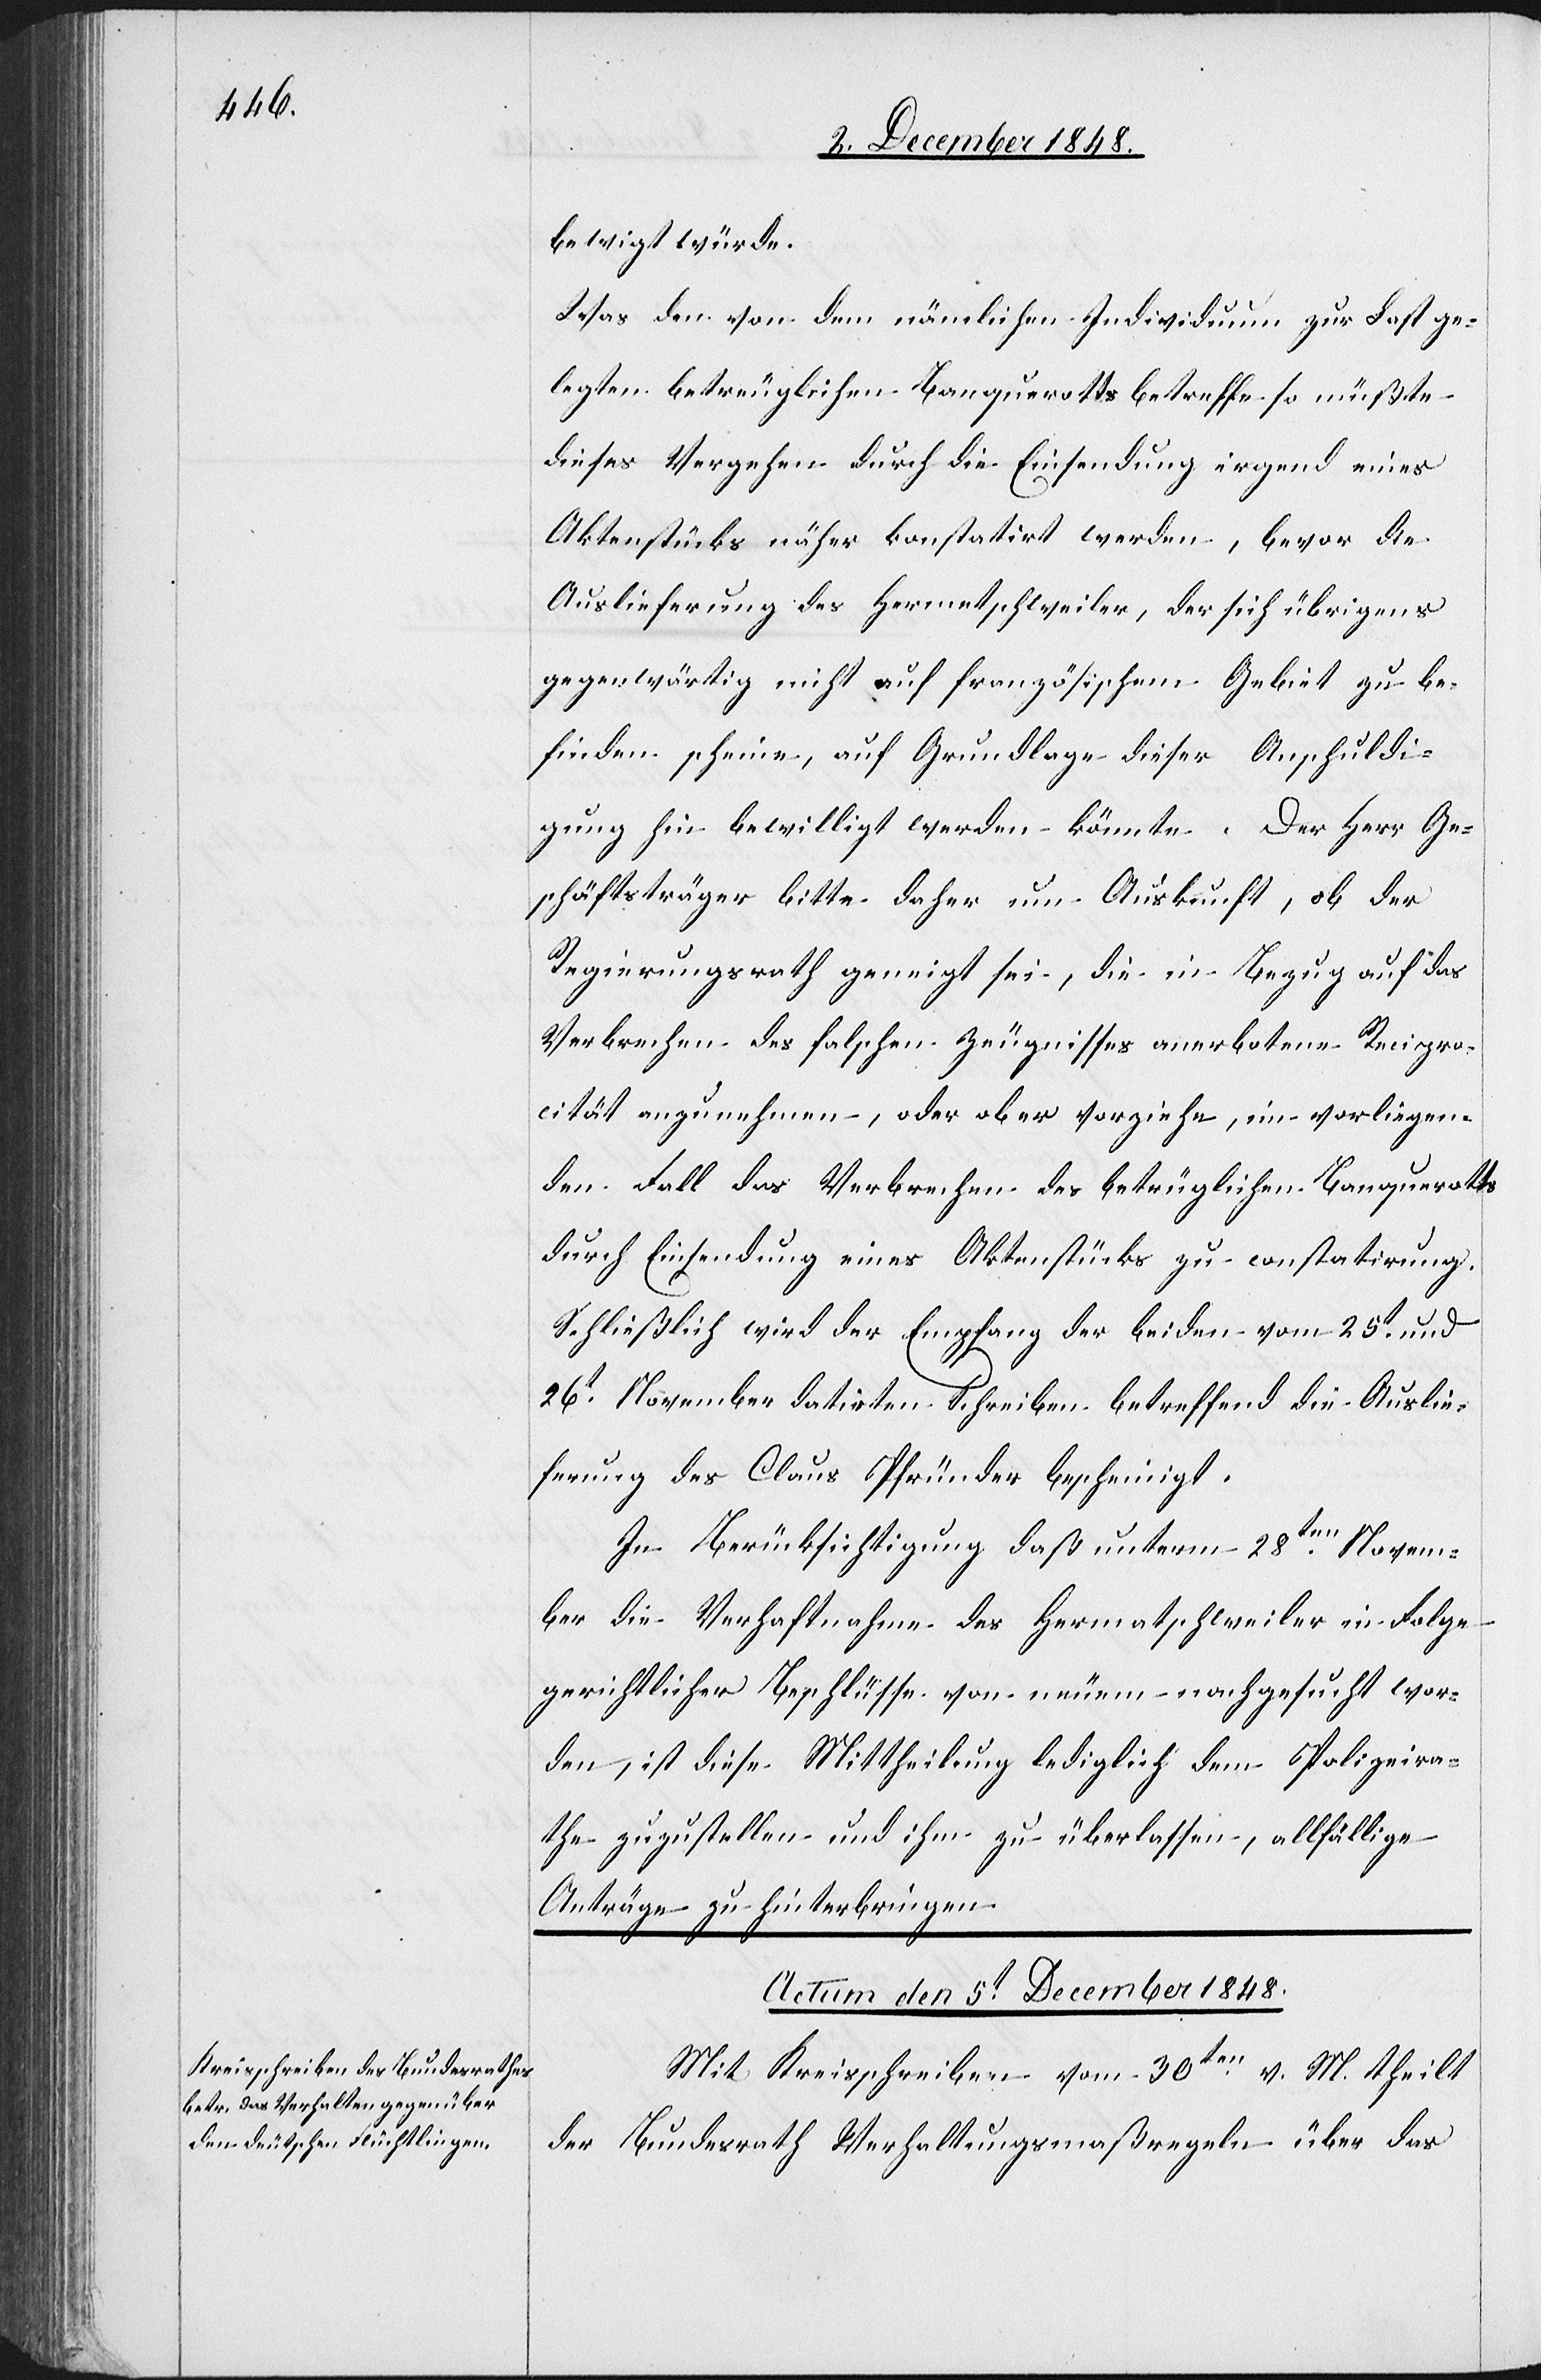
Was den von dem nämlichen Individuum zur Last ge¬
legten betreuglichen Banquerotts betreffe so müßte
dieses Vergehen durch die Einsendung irgend eines
Aktenstücks näher konstatirt werden, bevor die
Auslieferung des Hermetschweiler, der sich übrigens
gegenwärtig nicht auf französischem Gebiet zu be¬
finden scheine, auf Grundlage dieser Anschuldi¬
gung hin bewilligt werden könnte. Der Herr Ge¬
schäftsträger bitte daher um Auskunft, ob der
Regierungsrath geneigt sei, die in Bezug auf das
Verbrechen des falschen Zeugnisses anerbotene Recipro¬
cität anzunehmen, oder ob er vorziehe, im vorliegen¬
den Fall das Verbrechen des betrüglichen Banquerotts
durch Einsendung eines Aktenstücks zu constatirung
Schließlich wird der Empfang der beiden vom 25t und
26t November datirten Schreiben betreffend die Auslie¬
ferung des Claus Pfründer bescheinigt.
In Berücksichtigung daß unterm 28ten Novem¬
ber die Verhaftnahme des Hermatschweiler [sic!]
gerichtlicher Beschlüsse von neuem nachgesucht wor¬
den, ist diese Mittheilung lediglich dem Polizeira¬
the zuzustellen und ihm zu überlassen, allfällige
Anträge zu hinterbringen.
Actum den 5t December 1848.
Mit Kreisschreiben vom 30ten v. M. theilt
der Bundesrath Verhaltungsmaßregeln über das